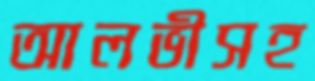
আলভীসহ